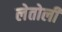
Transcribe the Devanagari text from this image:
लेतोली